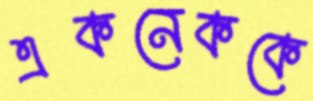
একনেককে